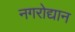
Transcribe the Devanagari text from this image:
नगरोद्यान